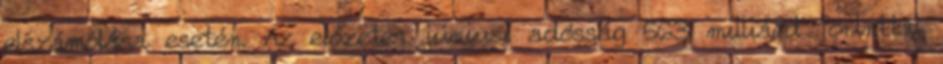
elszámolása esetén. Az előzetes júniusi adósság 563 milliárd forinttal